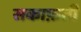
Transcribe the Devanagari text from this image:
सकाफ़ती